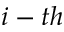
i - t h